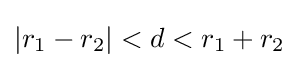
|r_{1}-r_{2}|<d<r_{1}+r_{2}